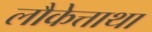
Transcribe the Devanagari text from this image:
लौकेत्ताथा